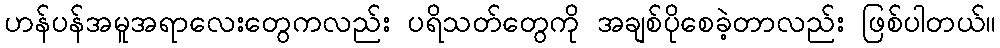
ဟန်ပန်အမူအရာလေးတွေကလည်း ပရိသတ်တွေကို အချစ်ပိုစေခဲ့တာလည်း ဖြစ်ပါတယ်။